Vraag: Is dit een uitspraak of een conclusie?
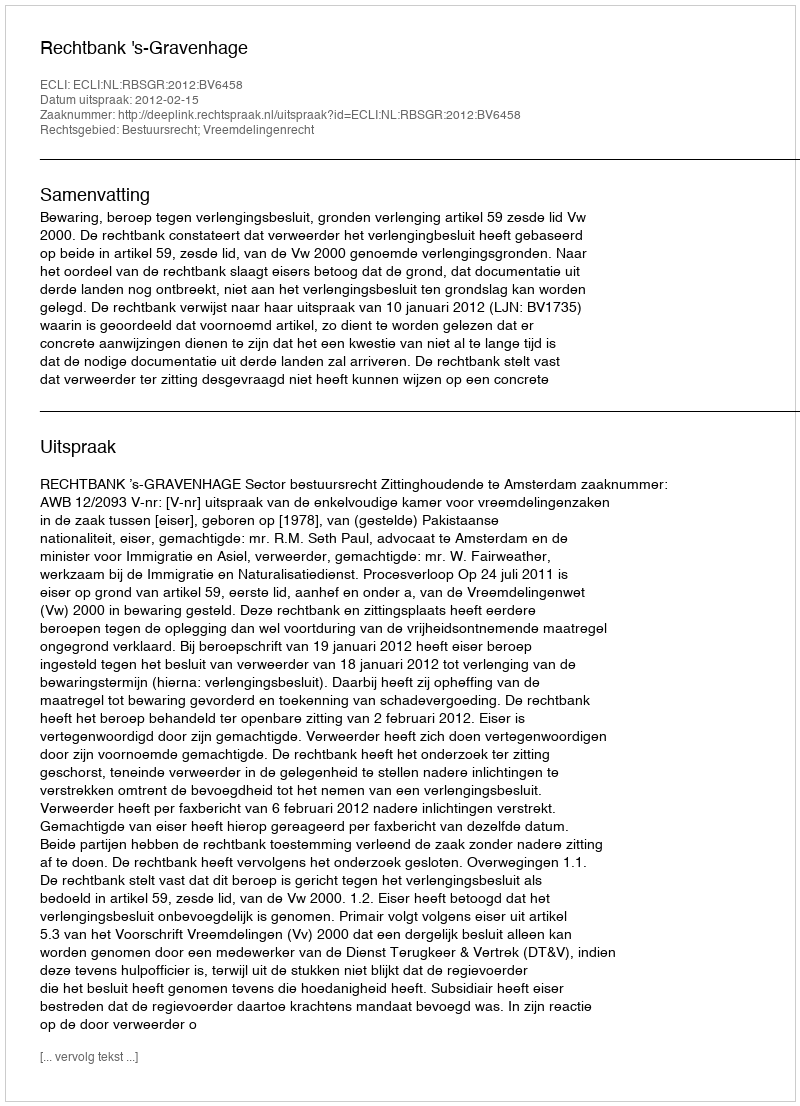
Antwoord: Uitspraak